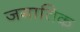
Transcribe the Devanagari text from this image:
जगातिक